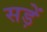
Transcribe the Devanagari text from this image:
सड़ें